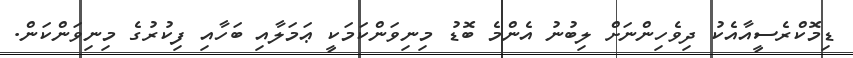
ޑިމޮކްރެސީއާއެކު ދިވެހިންނަށް ލިބުނު އެންމެ ބޮޑު މިނިވަންކަމަކީ ޢަމަލާއި ބަހާއި ފިކުރުގެ މިނިވަންކަން.